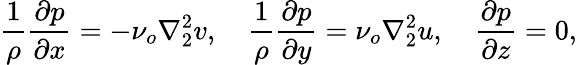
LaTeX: \frac{1}{\rho}\frac{\partial p}{\partial x}=-\nu_{o}\nabla_{2}^{2}v,\quad\frac{1}{\rho}\frac{\partial p}{\partial y}=\nu_{o}\nabla_{2}^{2}u,\quad\frac{\partial p}{\partial z}=0,